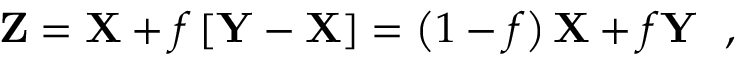
\mathbf { Z } = \mathbf { X } + f \left[ \mathbf { Y } - \mathbf { X } \right] = \left( 1 - f \right) \mathbf { X } + f \mathbf { Y } \ \mathrm { ~ , ~ }